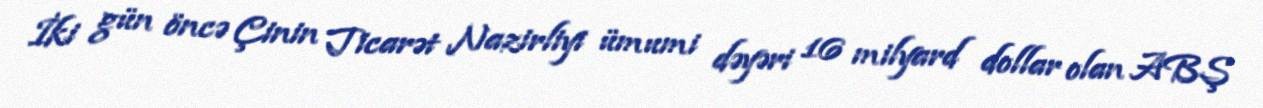
İki gün öncə Çinin Ticarət Nazirliyi ümumi dəyəri 16 milyard dollar olan ABŞ